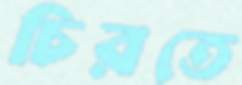
চিরতে